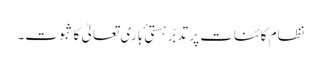
نظام ِکائنات پر تدبّر ہستی ٔ باری تعالیٰ کا ثبوت۔